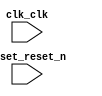

module lab61soc (
	clk_clk,
	reset_reset_n);	

	input		clk_clk;
	input		reset_reset_n;
endmodule